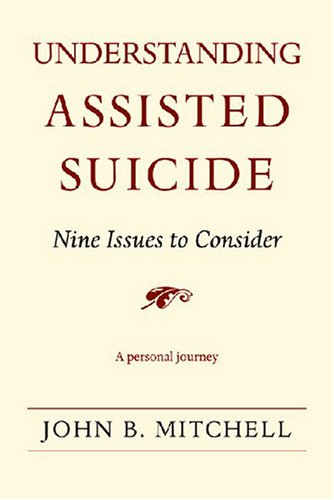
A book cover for Understanding Assisted Suicide: Nine Issues to Consider (Writers on Writing); John B. Mitchell; Self-Help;